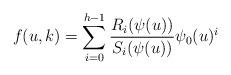
LaTeX: \begin{align*}f(u,k) = \sum _{i=0}^{h-1} \frac{R_i(\psi (u))}{S_i(\psi (u))}\psi _0(u)^i\end{align*}